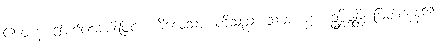
ဧတေန၊ ဤမဂ်လေးပါးဖြင့်။ ကိလေသာ၊ တိသည်။ သမ္မာ၊ စွာ။ ဥစ္ဆိဇ္ဇန္တိ၊ ဖြတ်ကုန်၏။